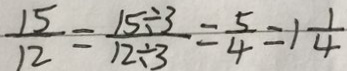
\frac { 1 5 } { 1 2 } = \frac { 1 5 \div 3 } { 1 2 \div 3 } = \frac { 5 } { 4 } = 1 \frac { 1 } { 4 }